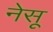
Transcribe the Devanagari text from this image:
नेसू